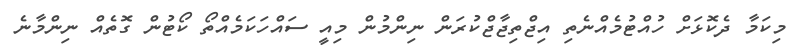
މިކަމާ ދެކޮޅަށް ހުއްޓުމެއްނެތި އިޖްތިޖާޖްކުރަން ނިންމުން މިއީ ސައްހަކަމެއްތޯ ކޯޓުން ގޮތެއް ނިންމާނެ